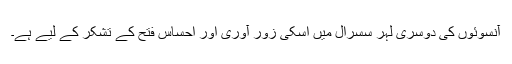
آنسوئوں کی دوسری لہر سسرال میں اسکی زور آوری اور احساس فتح کے تشکر کے لیے ہے۔